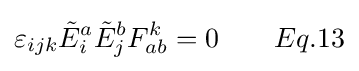
\varepsilon _{ijk}{\tilde {E}}_{i}^{a}{\tilde {E}}_{j}^{b}F_{ab}^{k}=0\qquad Eq.13